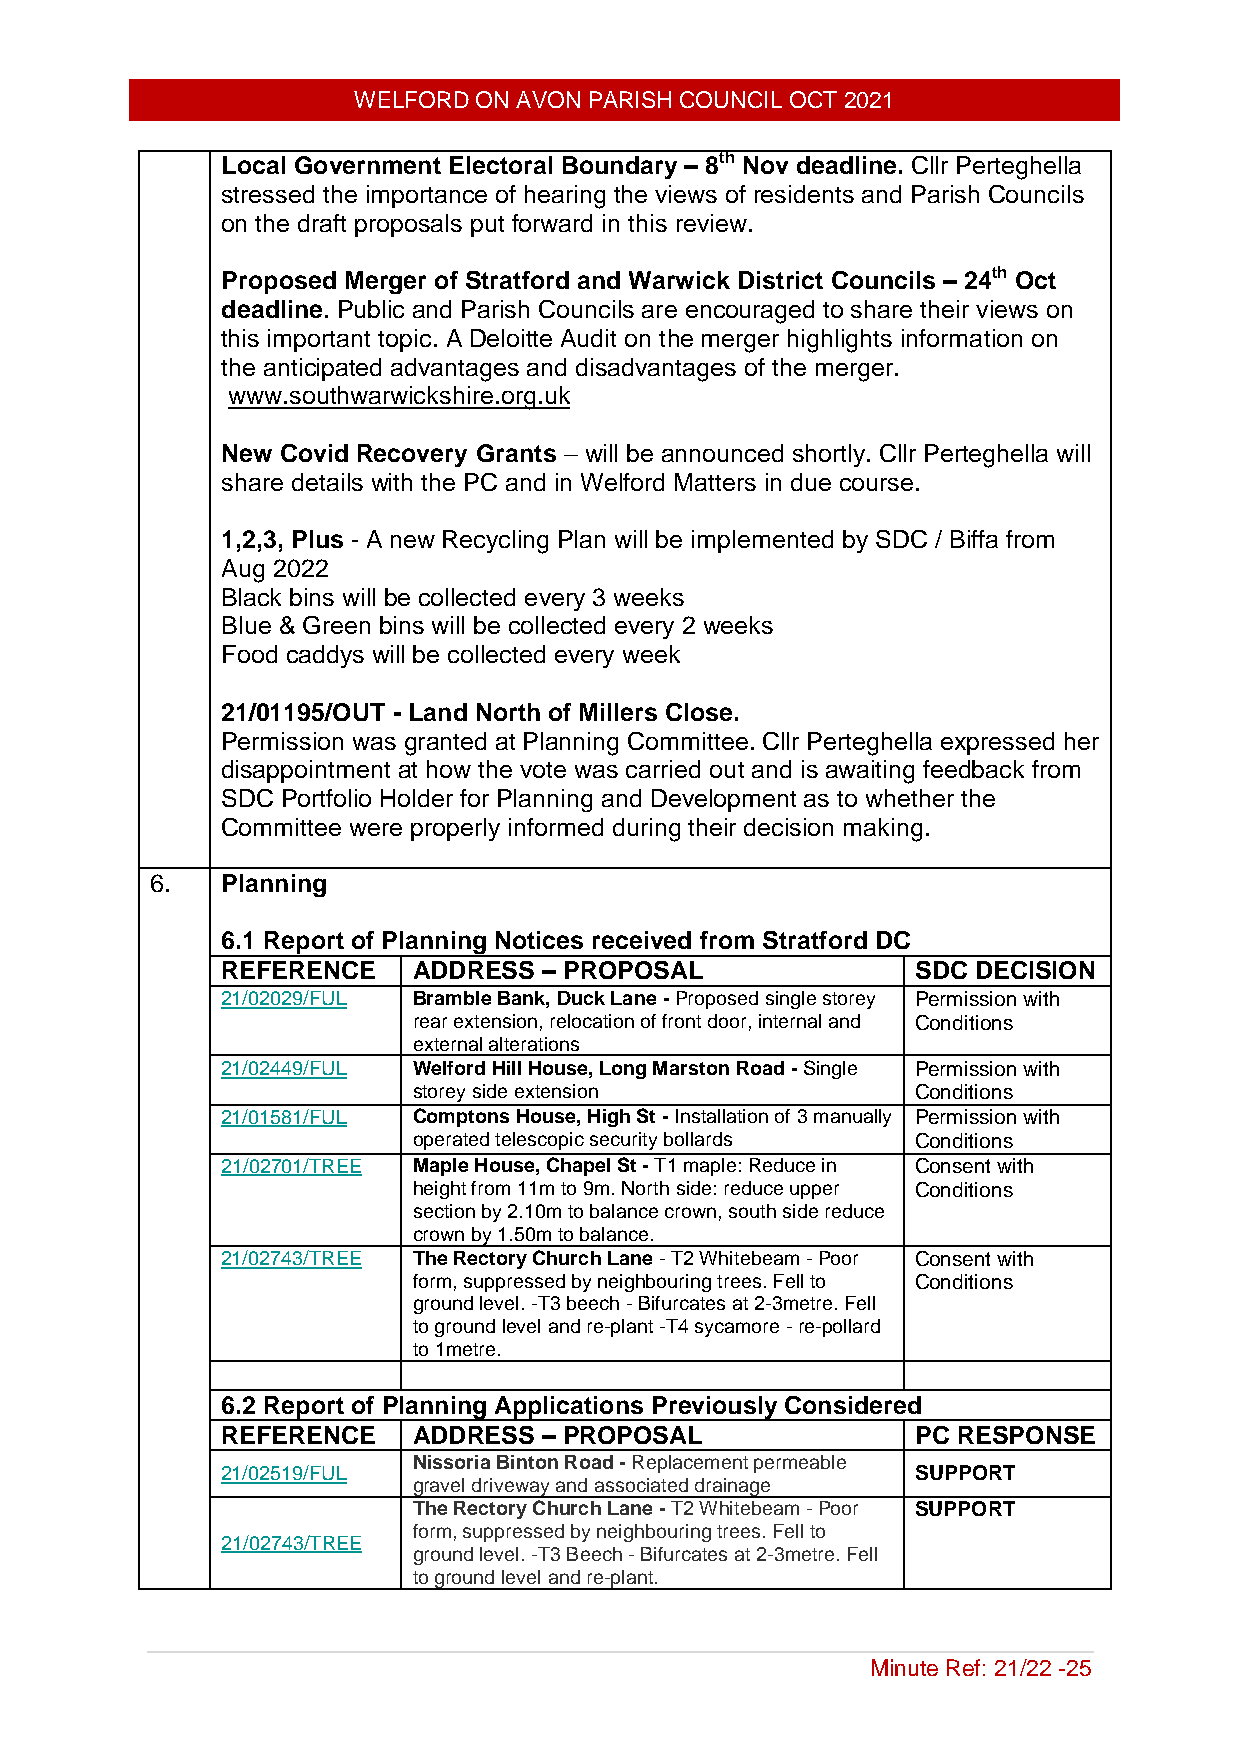
WELFORD ON AVON PARISH COUNCIL OCT 2021
 Local Government Electoral Boundary – 8th Nov deadline. Cllr Perteghella
 stressed the importance of hearing the views of residents and Parish Councils
 on the draft proposals put forward in this review.
 Proposed Merger of Stratford and Warwick District Councils – 24th Oct
 deadline. Public and Parish Councils are encouraged to share their views on
 this important topic. A Deloitte Audit on the merger highlights information on
 the anticipated advantages and disadvantages of the merger.
 www.southwarwickshire.org.uk
 New Covid Recovery Grants – will be announced shortly. Cllr Perteghella will
 share details with the PC and in Welford Matters in due course.
 1,2,3, Plus - A new Recycling Plan will be implemented by SDC / Biffa from
 Aug 2022
 Black bins will be collected every 3 weeks
 Blue & Green bins will be collected every 2 weeks
 Food caddys will be collected every week
 21/01195/OUT - Land North of Millers Close.
 Permission was granted at Planning Committee. Cllr Perteghella expressed her
 disappointment at how the vote was carried out and is awaiting feedback from
 SDC Portfolio Holder for Planning and Development as to whether the
 Committee were properly informed during their decision making.
 6.   Planning
 6.1 Report of Planning Notices received from Stratford DC
 REFERENCE   ADDRESS  – PROPOSAL               SDC DECISION
 21/02029/FUL Bramble Bank, Duck Lane - Proposed single storey Permission with
 rear extension, relocation of front door, internal and Conditions
 external alterations
 21/02449/FUL Welford Hill House, Long Marston Road - Single Permission with
 storey side extension             Conditions
 21/01581/FUL Comptons House, High St - Installation of 3 manually Permission with
 operated telescopic security bollards Conditions
 21/02701/TREE Maple House, Chapel St - T1 maple: Reduce in Consent with
 height from 11m to 9m. North side: reduce upper Conditions
 section by 2.10m to balance crown, south side reduce
 crown by 1.50m to balance.
 21/02743/TREE The Rectory Church Lane - T2 Whitebeam - Poor Consent with
 form, suppressed by neighbouring trees. Fell to Conditions
 ground level. -T3 beech - Bifurcates at 2-3metre. Fell
 to ground level and re-plant -T4 sycamore - re-pollard
 to 1metre.
 6.2 Report of Planning Applications Previously Considered
 REFERENCE   ADDRESS  – PROPOSAL               PC RESPONSE
 Nissoria Binton Road - Replacement permeable
 21/02519/FUL                                  SUPPORT
 gravel driveway and associated drainage
 The Rectory Church Lane - T2 Whitebeam - Poor SUPPORT
 form, suppressed by neighbouring trees. Fell to
 21/02743/TREE
 ground level. -T3 Beech - Bifurcates at 2-3metre. Fell
 to ground level and re-plant.
 Minute Ref: 21/22 -25